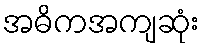
အဓိကအကျဆုံး